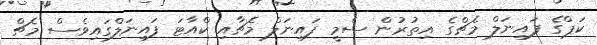
ކަޕްގެ ފައިނަލް މެޗްގެ އިތުރުން ސެމީ ފައިނަލް މެޗާއި ކްއާޓަ ފައިނަލްގައިވެސް މެޗް